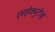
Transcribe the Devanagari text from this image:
एक्झेक्युटीव्ह